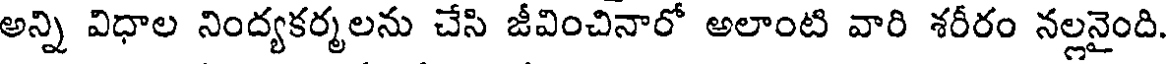
అన్ని విధాల నింద్యకర్మలను చేసి జీవించినారో అలాంటి వారి శరీరం నల్లనైంది